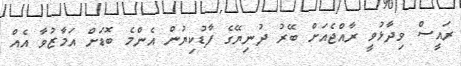
ރައީސް ވިދާޅުވީ ރާއްޖެއަށް ބޭރު ދުނިޔޭގެ ފާޑުކިޔުން އެންމެ ބޮޑަށް އަމާޒުވާ އެއް